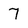
Character: 7